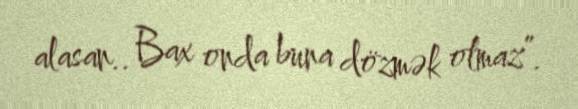
alasan.. Bax onda buna dözmək olmaz”.